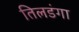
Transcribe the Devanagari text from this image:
तिलडंगा